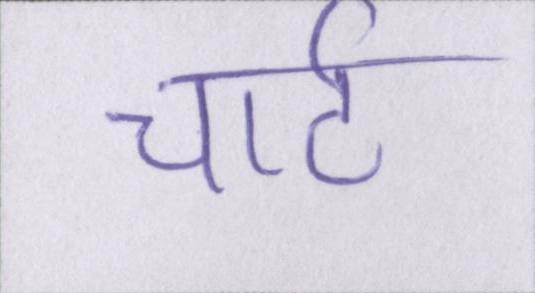
चार्ट